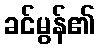
ခင်မွန်၏